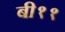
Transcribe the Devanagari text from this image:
बी११